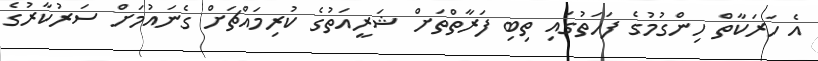
އެ ހަރަކާތް ހިންގުމުގެ ފަހަތުގައި ތިބި ފަރާތްތަށް ޝަރީއަތުގެ ކުރިމައްޗަށް ގެނައުމަށް ސަރުކާރުގެ